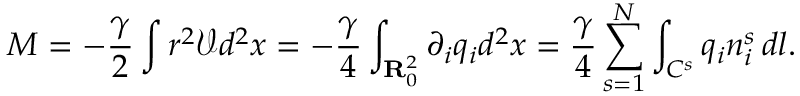
M = - \frac { \gamma } { 2 } \int r ^ { 2 } { \mathcal { V } } d ^ { 2 } x = - \frac { \gamma } { 4 } \int _ { { \bf { R } } _ { 0 } ^ { 2 } } \partial _ { i } q _ { i } d ^ { 2 } x = \frac { \gamma } { 4 } \sum _ { s = 1 } ^ { N } \int _ { C ^ { s } } q _ { i } n _ { i } ^ { s } \, d l .